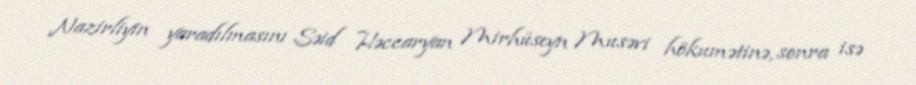
Nazirliyin yaradılmasını Səid Həccaryan Mirhüseyn Musəvi hökumətinə, sonra isə